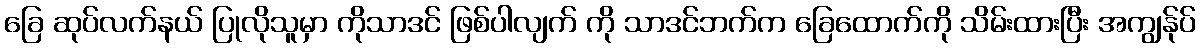
ခြေ ဆုပ်လက်နယ် ပြုလိုသူမှာ ကိုသာဒင် ဖြစ်ပါလျက် ကို သာဒင်ဘက်က ခြေထောက်ကို သိမ်းထားပြီး အကျွန်ုပ်